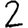
Digit: 2